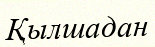
Қылшадан